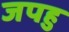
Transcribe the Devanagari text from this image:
जपहु